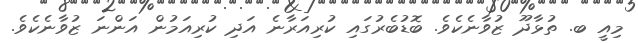
މިއީ ބ. ތުޅާދޫ ޒުވާނެކެވެ. ބޮޑުބެރުގައި ކުރިއަރާނެ އަދި ކުރިއަމުން އަންނަ ޒުވާނެކެވެ.